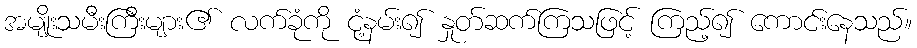
အမျိုးသမီးကြီးများ၏ လက်ခုံကို ငုံ့နမ်း၍ နှုတ်ဆက်ကြသဖြင့် ကြည့်၍ ကောင်းနေသည်။